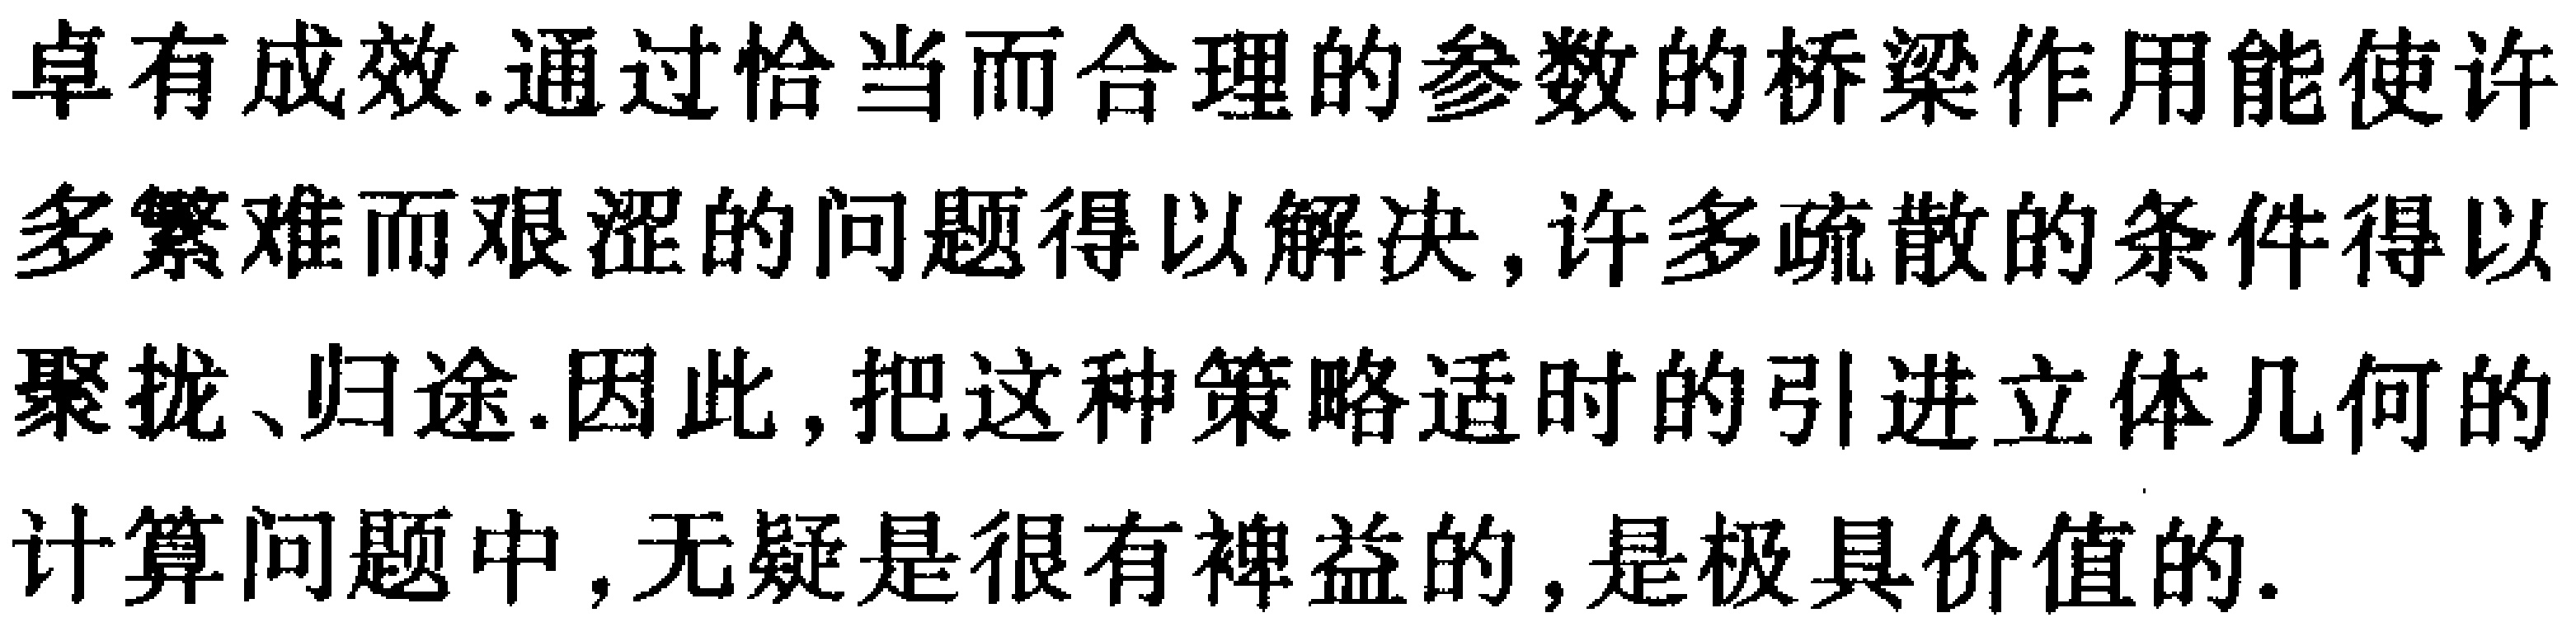
卓有成效.通过恰当而合理的参数的桥梁作用能使许多繁难而艰涩的问题得以解决,许多疏散的条件得以聚拢、归途.因此,把这种策略适时的引进立体几何的计算问题中,无疑是很有裨益的,是极具价值的.